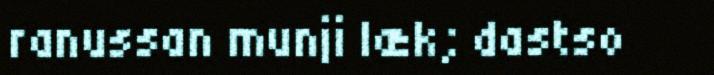
ranussan munji læk; dastso